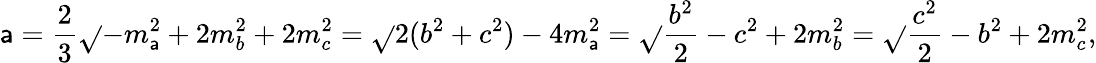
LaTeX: \mathsf{a}={\frac{{2}}{{3}}}{\sqrt{}{{-m_{\mathsf{a}}^{2}+2m_{b}^{2}+2m_{c}^{2}}}}={\sqrt{}{{2(b^{2}+c^{2})-4m_{\mathsf{a}}^{2}}}}={\sqrt{}{{{\frac{{b^{2}}}{{2}}}-c^{2}+2m_{b}^{2}}}}={\sqrt{}{{{\frac{{c^{2}}}{{2}}}-b^{2}+2m_{c}^{2}}}},